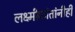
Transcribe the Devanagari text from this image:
लक्ष्मीकांतांनीही